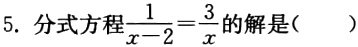
5. 分式方程$\frac{1}{x - 2}=\frac{3}{x}$的解是( )